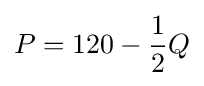
P=120-{\frac {1}{2}}Q